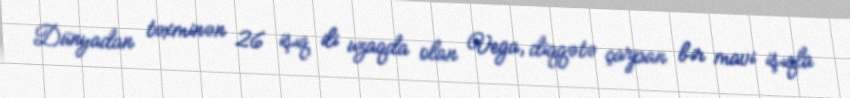
Dünyadan təxminən 26 işıq ili uzaqda olan Vega, diqqətə çarpan bir mavi işıqla